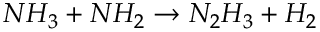
N H _ { 3 } + N H _ { 2 } \rightarrow N _ { 2 } H _ { 3 } + H _ { 2 }